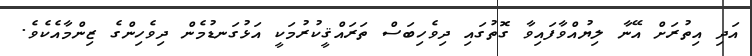
އަދި އިތުރަށް އޭނާ ލިޔުއްވާފައިވާ ގޮތުގައި ދިވެހިބަސް ތަރައްޤީކުރުމަކީ އަޅުގަނޑުމެން ދިވެހިންގެ ޒިންމާއެކެވެ.